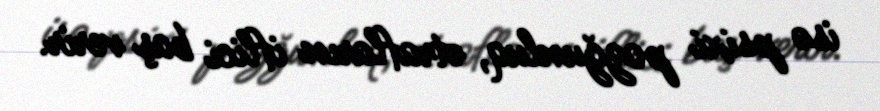
isə psixi pozğunluq, ətrafların iflici baş verir.